Vital statistics of India. Vol. V, Reports of 1876 on armies & jails and on epidemic cholera
Year: 1876
Disease focus: Cholera
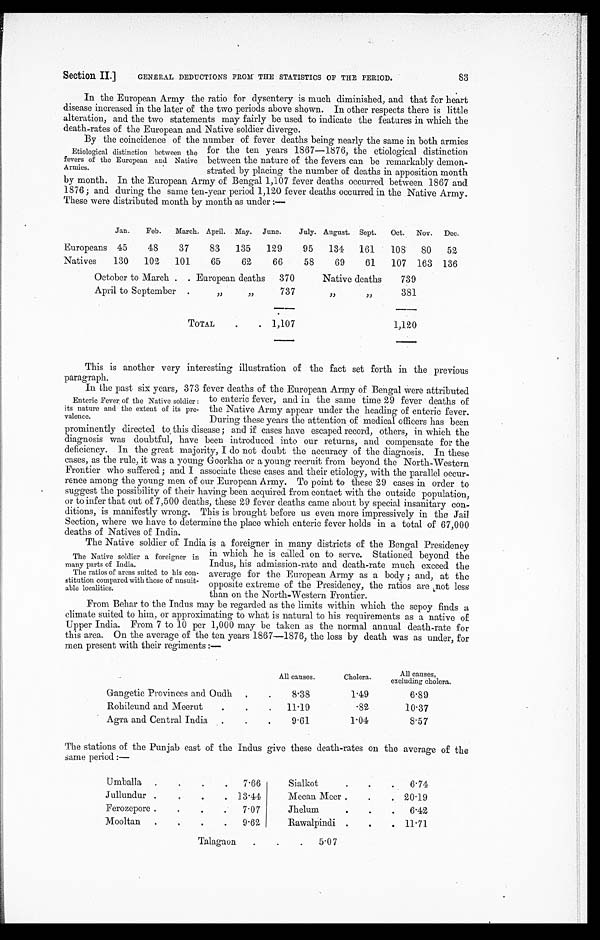
S e c t i o n I I . ]
G E N E R A L D E D U C T I O N S F R O M T H E S T A T I S T I C S O F T H E P E R I O D .
8 3
In the European Army the ratio for dysentery is much diminished, and that for heart
disease increased in the later of the two periods above shown. In other respects there is little
alteration, and the two statements may fairly be used to indicate the features in which the
death-rates of the European and Native soldier diverge.
By the c o i n c i d e n c e o f t h e n u m b e r o f f e v e r d e a t h s b e i n g n e a r l y t h e s a m e i n b o t h a r m i e s
for the ten years 1867—1876, the etiological distinction
between the nature of the fevers can be remarkably demon
-strated by placing the number of deaths in apposition month
by month. In the European Army of Bengal 1,107 fever deaths occurred between 1867 and
1876; and during the same ten-year period 1,120 fever deaths occurred in the Native Army.
These were distributed month by month as under:—
Jan.
Feb. March. April. May. June.
July. August. Sept. Oct. Nov. Dec.
Europeans 45
48
37
83
135
129
95 134 161
108
80
52
Natives
130
102 101
65
62
66
58
69
61
107 163 136
October to March European deaths 370
Native deaths
739
April to September „ „
737
„ „
381
T O T A L
1 , 1 0 7
1 , 1 2 0
This is another very interesting illustration of the fact set forth in the previous
paragraph.
In the past six years, 373 fever deaths of the European Army of Bengal were attributed
to enteric fever, and in the same time 29 fever deaths of
the Native Army appear under the heading of enteric fever.
During these years the attention of medical officers has been
prominently directed to this disease; and if cases have escaped record, others, in which the
diagnosis was doubtful, have been introduced into our returns, and compensate for the
deficiency. In the great majority, I do not doubt the accuracy of the diagnosis. In these
cases, as the rule, it was a young Goorkha or a young recruit from beyond the North-Western
Frontier who suffered; and I associate these cases and their etiology, with the parallel occur
-rence among the young men of our European Army. To point to these 29 cases in order to
suggest the possibility of their having been acquired from contact with the outside population,
or to infer that out of 7,500 deaths, these 29 fever deaths came about by special insanitary con
-ditions, is manifestly wrong. This is brought before us even more impressively in the Jail
Section, where we have to determine the place which enteric fever holds in a total of 67,000
deaths of Natives of India.
The Native soldier of India is a foreigner in many districts of the Bengal Presidency
in which he is called on to serve. Stationed beyond the
Indus, his admission-rate and death-rate much exceed the
average for the European Army as a body; and, at the
opposite extreme of the Presidency, the ratios are not less
than on the North-Western Frontier.
From Behar to the Indus may be regarded as the limits within which the sepoy finds a
climate suited to him, or approximating to what is natural to his requirements as a native of
U p p e r I n d i a . F r o m 7 t o 1 0 p e r 1 , 0 0 0 m a y b e t a k e n a s t h e n o r m a l a n n u a l d e a t h - r a t e f o r
this area. On the average of the ten years 1867—1876, the loss by death was as under, for
men present with their regiments:—
All causes.
Cholera.
All causes,
excluding cholera.
Gangetic Provinces and Oudh
8 . 38
1.49
6.89
Rohilcund and Meerut
11 . 19
.82
10.37
Agra and Central India
9 . 61
1.04
8.57
The stations of the Punjab east of the Indus give these death-rates on the average of the
same period:—
Umballa
7 . 66
Sialkot
6.74
Jullundur
13 . 44
Meean Meer
20 . 19
Ferozepore
7.07
J h e l u m
6 .42
Mooltan
9 . 62
Rawalpindi
11.71
Talagaon
5.07
Etiological distinction between the
fevers of the European and Native
Armies.
Enteric Fever of the Native soldier:
its nature and the extent of its pre-
valence.
The Native soldier a foreigner in
many parts of India.
The ratios of areas suited to his con
-stitution compared with those of unsuit
- a b l e l o c a l i t i e s .